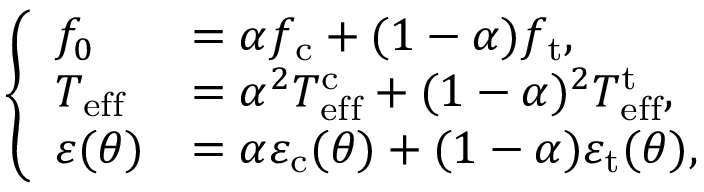
\left\{ \begin{array} { l l } { f _ { 0 } } & { = \alpha f _ { \mathrm { c } } + ( 1 - \alpha ) f _ { \mathrm { t } } , } \\ { T _ { \mathrm { e f f } } } & { = \alpha ^ { 2 } T _ { \mathrm { e f f } } ^ { \mathrm { c } } + ( 1 - \alpha ) ^ { 2 } T _ { \mathrm { e f f } } ^ { \mathrm { t } } , } \\ { \varepsilon ( \theta ) } & { = \alpha \varepsilon _ { \mathrm { c } } ( \theta ) + ( 1 - \alpha ) \varepsilon _ { \mathrm { t } } ( \theta ) , } \end{array} \right.